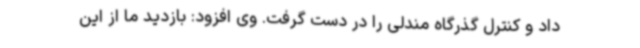
داد و کنترل گذرگاه مندلی را در دست گرفت. وی افزود: بازدید ما از این